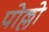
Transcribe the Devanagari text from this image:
पोल्लो